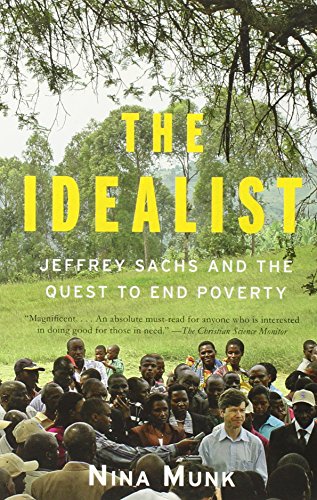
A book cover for The Idealist: Jeffrey Sachs and the Quest to End Poverty; Nina Munk; Business & Money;